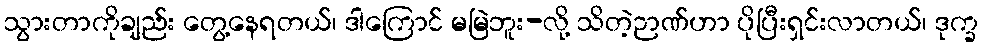
သွားတာကိုချည်း တွေ့နေရတယ်၊ ဒါကြောင် မမြဲဘူး-လို့ သိတဲ့ဉာဏ်ဟာ ပိုပြီးရှင်းလာတယ်၊ ဒုက္ခ